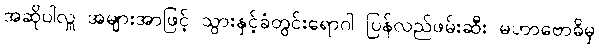
အဆိုပါလှူ အများအာဖြင့် သွားနှင့်ခံတွင်းရောဂါ ပြန်လည်ဖမ်းဆီး မဟာဗောဓိမှ